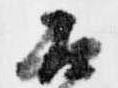
不